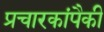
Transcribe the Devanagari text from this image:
प्रचारकांपैकी